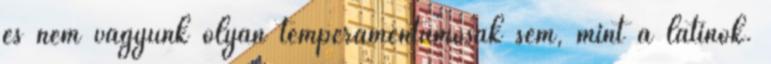
és nem vagyunk olyan temperamentumosak sem, mint a latinok.